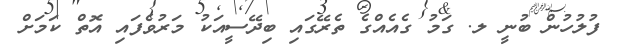
ފުލުހުން ބުނީ ލ. ގަމު ގެއެއްގެ ތެރޭގައި ބިދޭސީއަކު މަރުވެފައި އޮތް ކަމަށް